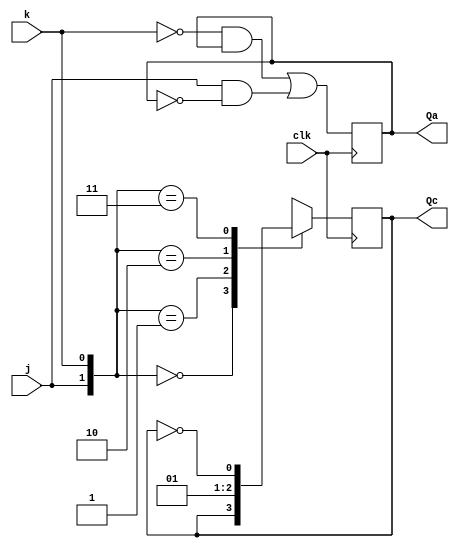
`timescale 1ns / 1ps
//////////////////////////////////////////////////////////////////////////////////
// Company: 
// Engineer: 
// 
// Design Name: 
// Module Name: ece241_2013_q7
// Project Name: 
// Target Devices: 
// Tool Versions: 
// Description: 
// 
// Dependencies: 
// 
// Revision:
// Revision 0.01 - File Created
// Additional Comments:
// 
//////////////////////////////////////////////////////////////////////////////////


module ece241_2013_q7(
    input clk,
    input j,
    input k,
    output reg Qa,
	output reg Qc
    );
	
	wire D;
    assign D = ~k&Qa | j&~Qa;
	always@(posedge clk) Qa <= D;
	
    always @(posedge clk) begin
        case({j,k}) //
            2'b00: Qc <= Qc;
            2'b01: Qc <= 1'b0;
            2'b10: Qc <= 1'b1;
            2'b11: Qc <= ~Qc;
        endcase
    end
endmodule